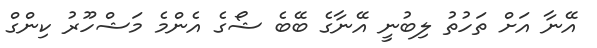
އޭނާ އަށް ތަހުތު ލިބުނީ އޭނާގެ ބޭބެ ޝޯގެ އެންމެ މަޝްހޫރު ކިންގް